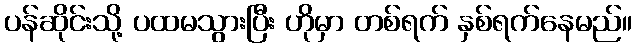
ပန်ဆိုင်းသို့ ပထမသွားပြီး ဟိုမှာ တစ်ရက် နှစ်ရက်နေမည်။